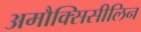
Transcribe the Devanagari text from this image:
अमौक्सिसीलिन